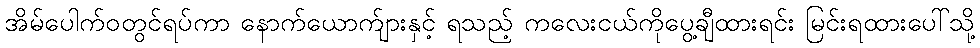
အိမ်ပေါက်ဝတွင်ရပ်ကာ နောက်ယောက်ျားနှင့် ရသည့် ကလေးငယ်ကိုပွေ့ချီထားရင်း မြင်းရထားပေါ်သို့